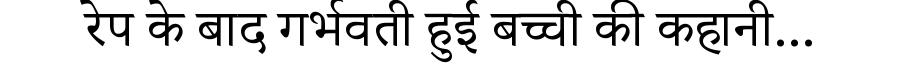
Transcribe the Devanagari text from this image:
रेप के बाद गर्भवती हुई बच्ची की कहानी...